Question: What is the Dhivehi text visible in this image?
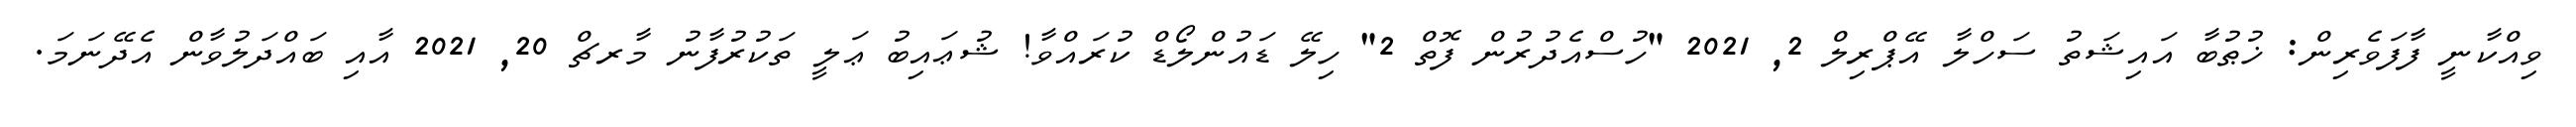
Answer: ވިއްކާނީ ފާފަވެރިން: ޚުޠުބާ އައިޝަތު ސަހްލާ އޭޕްރިލް 2, 2021 "ހުސްއެދުރުން ފޮތް 2" ހިލޭ ޑައުންލޯޑް ކުރައްވާ! ޝުޢައިބު ޢަލީ ތަކުރުފާނު މާރޗް 20, 2021 އާއި ބައްދަލުވާން އެދޭނަމަ.